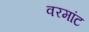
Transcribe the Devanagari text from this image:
वरमांट